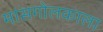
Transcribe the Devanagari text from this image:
मांसगोलकाला